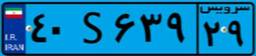
۱۱S۸۴۶۷۴